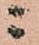
ニ